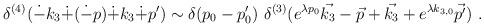
LaTeX: \begin{align*}\delta^{(4)}(\dot{-}k_3\dot{+}(\dot{-}p)\dot{+}k_3\dot{+}p')\sim \delta(p_0-p'_0)\,\,\delta^{(3)}(e^{\lambda p_0}\vec{k_3}-\vec{p}+\vec{k_3}+ e^{\lambda k_{3,0}}\vec{p'}) ~. \end{align*}